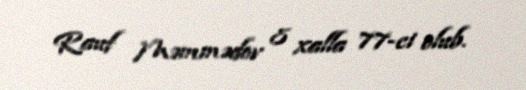
Rauf Məmmədov 8 xalla 77-ci olub.